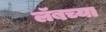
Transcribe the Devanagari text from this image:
लॅबच्या